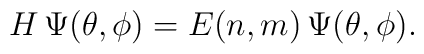
H\,\Psi(\theta, \phi)= E(n,m)\,\Psi(\theta,\phi).